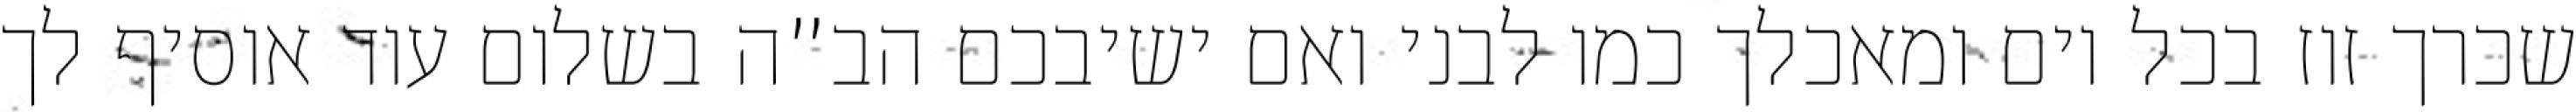
שכרך זוז בכל יום ומאכלך כמו לבני ואם ישיבכם הב”ה בשלום עוד אוסיף לך